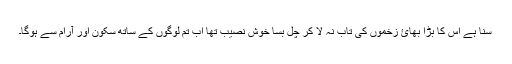
سنا ہے اس کا بڑا بھائ زخموں کی تاب نہ لا کر چل بسا خوش نصیب تھا اب تم لوگوں کے ساتھ سکون اور آرام سے ہوگا۔